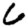
Digit: 6